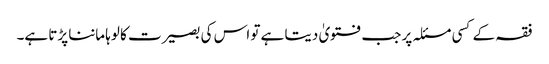
فقہ کے کسی مسئلہ پر جب فتویٰ دیتا ہے تو اس کی بصیرت کا لوہا ماننا پڑتا ہے۔